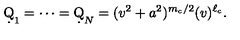
\d Q _ { 1 } = \cdots = \d Q _ { N } = ( v ^ { 2 } + a ^ { 2 } ) ^ { m _ { c } / 2 } ( v ) ^ { \ell _ { c } } .